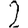
Digit: 2